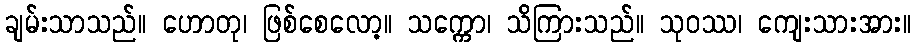
ချမ်းသာသည်။ ဟောတု၊ ဖြစ်စေလော့။ သက္ကော၊ သိကြားသည်။ သုဝဿ၊ ကျေးသားအား။